Vaccination in Burma 1920-1933 - 1920-1933
Year: 1920
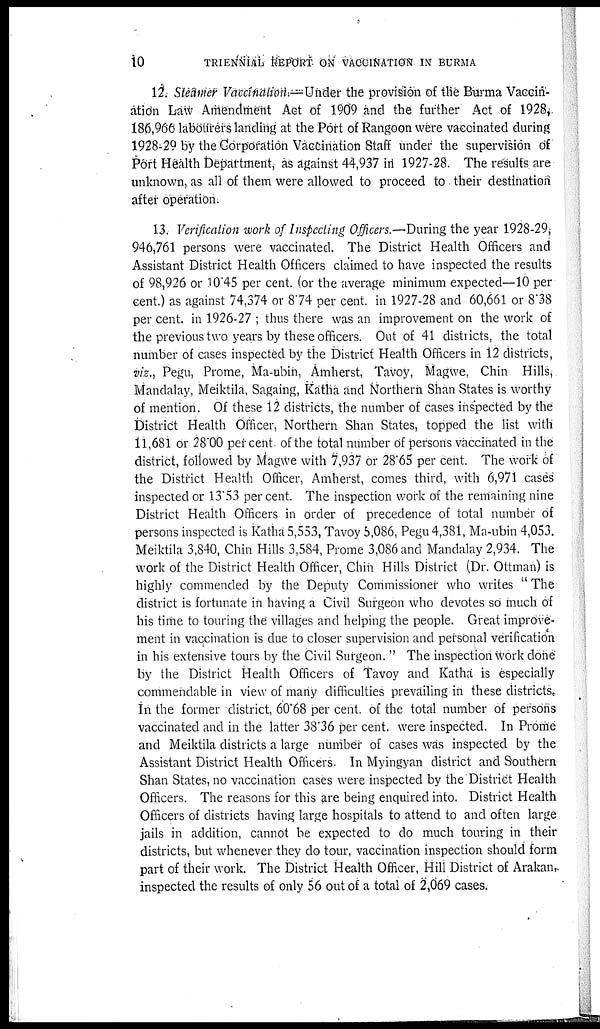
10
TRIENNIAL REPORT ON VACCINATION IN BURMA
12. Steamer Vaccination:—Under the provision of the Burma Vaccin-
ation Law Amendment Act of 1909 and the further Act of 1928,
186,966 labourers landing at the Port of Rangoon were vaccinated during
1928-29 by the Corporation Vaccination Staff under the supervision of
Port Health Department, as against 44,937 in 1927-28. The results are
unknown, as all of them were allowed to proceed to their destination
after operation.
13. Verification work of Inspecting Officers.—During the year 1928-29,
946,761 persons were vaccinated. The District Health Officers and
Assistant District Health Officers claimed to have inspected the results
of 98,926 or 10.45 per cent. (or the average minimum expected—10 per
cent.) as against 74,374 or 8.74 per cent. in 1927-28 and 60,661 or 8.38
per cent. in 1926-27 ; thus there was an improvement on the work of
the previous two years by these officers. Out of 41 districts, the total
number of cases inspected by the District Health Officers in 12 districts,
viz., Pegu, Prome, Ma-ubin, Amherst, Tavoy, Magwe, Chin Hills,
Mandalay, Meiktila, Sagaing, Katha and Northern Shan States is worthy
of mention. Of these 12 districts, the number of cases inspected by the
District Health Officer, Northern Shan States, topped the list with
11,681 or 28.00 pet cent of the total number of persons vaccinated in the
district, followed by Magwe with 7,937 or 28.65 per cent. The work of
the District Health Officer, Amherst, comes third, with 6,971 cases
inspected or 13.53 per cent. The inspection work of the remaining nine
District Health Officers in order of precedence of total number of
persons inspected is Katha 5,553, Tavoy 5,086, Pegu 4,381, Ma-ubin 4,053.
Meiktila 3,840, Chin Hills 3,584, Prome 3,086 and Mandalay 2,934. The
work of the District Health Officer, Chin Hills District (Dr. Ottman) is
highly commended by the Deputy Commissioner who writes "The
district is fortunate in having a Civil Surgeon who devotes so much of
his time to touring the' villages and helping the people. Great improve-
ment in vaccination is due to closer supervision and personal verification
in his extensive tours by the Civil Surgeon. " The inspection work done
by the District Health Officers of Tavoy and Katha is especially
commendable in view of many difficulties prevailing in these districts.
In the former district, 60.68 per cent. of the total number of persons
vaccinated and in the latter 38.6 per cent. were inspected. In Prome
and Meiktila districts a large number of cases was inspected by the
Assistant District Health Officers. In Myingyan district and Southern
Shan States, no vaccination cases were inspected by the District Health
Officers. The reasons for this are being enquired into. District Health
Officers of districts having large hospitals to attend to and often large
jails in addition, cannot be expected to do much touring in their
districts, but whenever they do tour, vaccination inspection should form
part of their work. The District Health Officer, Hill District of Arakan,
inspected the results of only 56 out of a total of 2,069 cases.